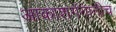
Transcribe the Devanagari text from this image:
आकाशगंगानीच